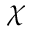
\chi